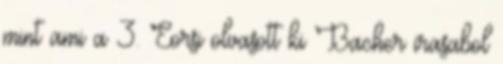
mint ami a 3. Eorsi olvasott ki Bacher irasabol